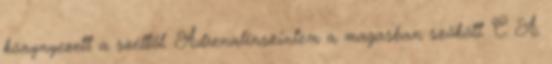
könynyezett a széltől. Adrenalinszintem a magasban szökött. C. A.